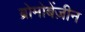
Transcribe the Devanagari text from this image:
ब्रोमोबेंज़ीन